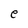
Character: e